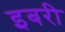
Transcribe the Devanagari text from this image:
इबरी